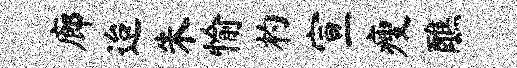
廊迨朱愉杓宣瘦醮